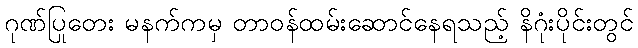
ဂုဏ်ပြုတေး မနက်ကမှ တာဝန်ထမ်းဆောင်နေရသည့် နိဂုံးပိုင်းတွင်